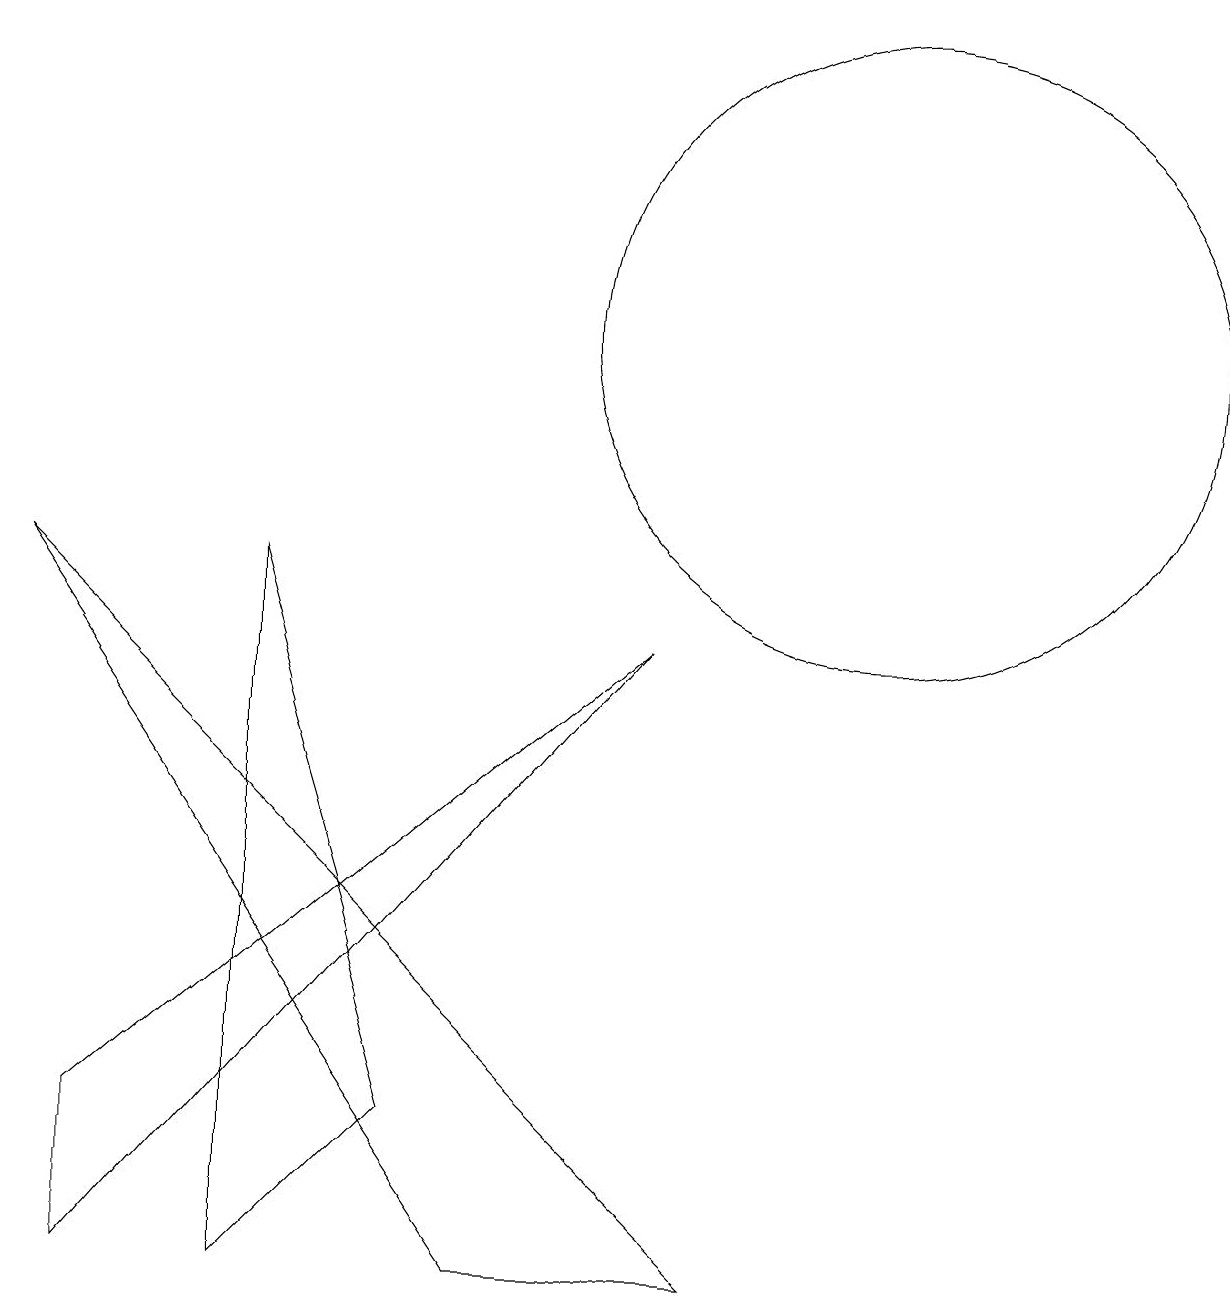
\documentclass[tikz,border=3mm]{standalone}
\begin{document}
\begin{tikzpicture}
\draw (11,12) circle (4);
\draw (5,2) -- (3,0) -- (3,9) -- cycle;
\draw (6,0) -- (0,9) -- (9,0) -- cycle;
\draw (8,8) -- (1,2) -- (1,0) -- cycle;
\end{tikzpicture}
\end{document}